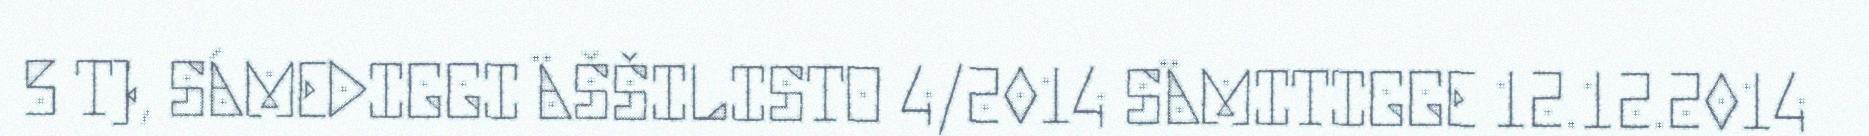
5 T), SÁMEDIGGI ÄŠŠILISTO 4/2014 SÄMITIGGE 12.12.2014